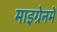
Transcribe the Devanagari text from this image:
माइग्रेनमें